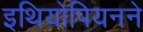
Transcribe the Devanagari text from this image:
इथियोपियनने